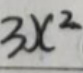
\[3x^{2}\]